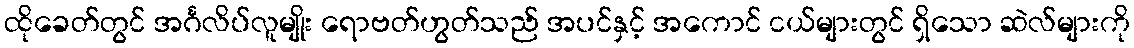
ထိုခေတ်တွင် အင်္ဂလိပ်လူမျိုး ရောဗတ်ဟွတ်သည် အပင်နှင့် အကောင် ငယ်များတွင် ရှိသော ဆဲလ်များကို